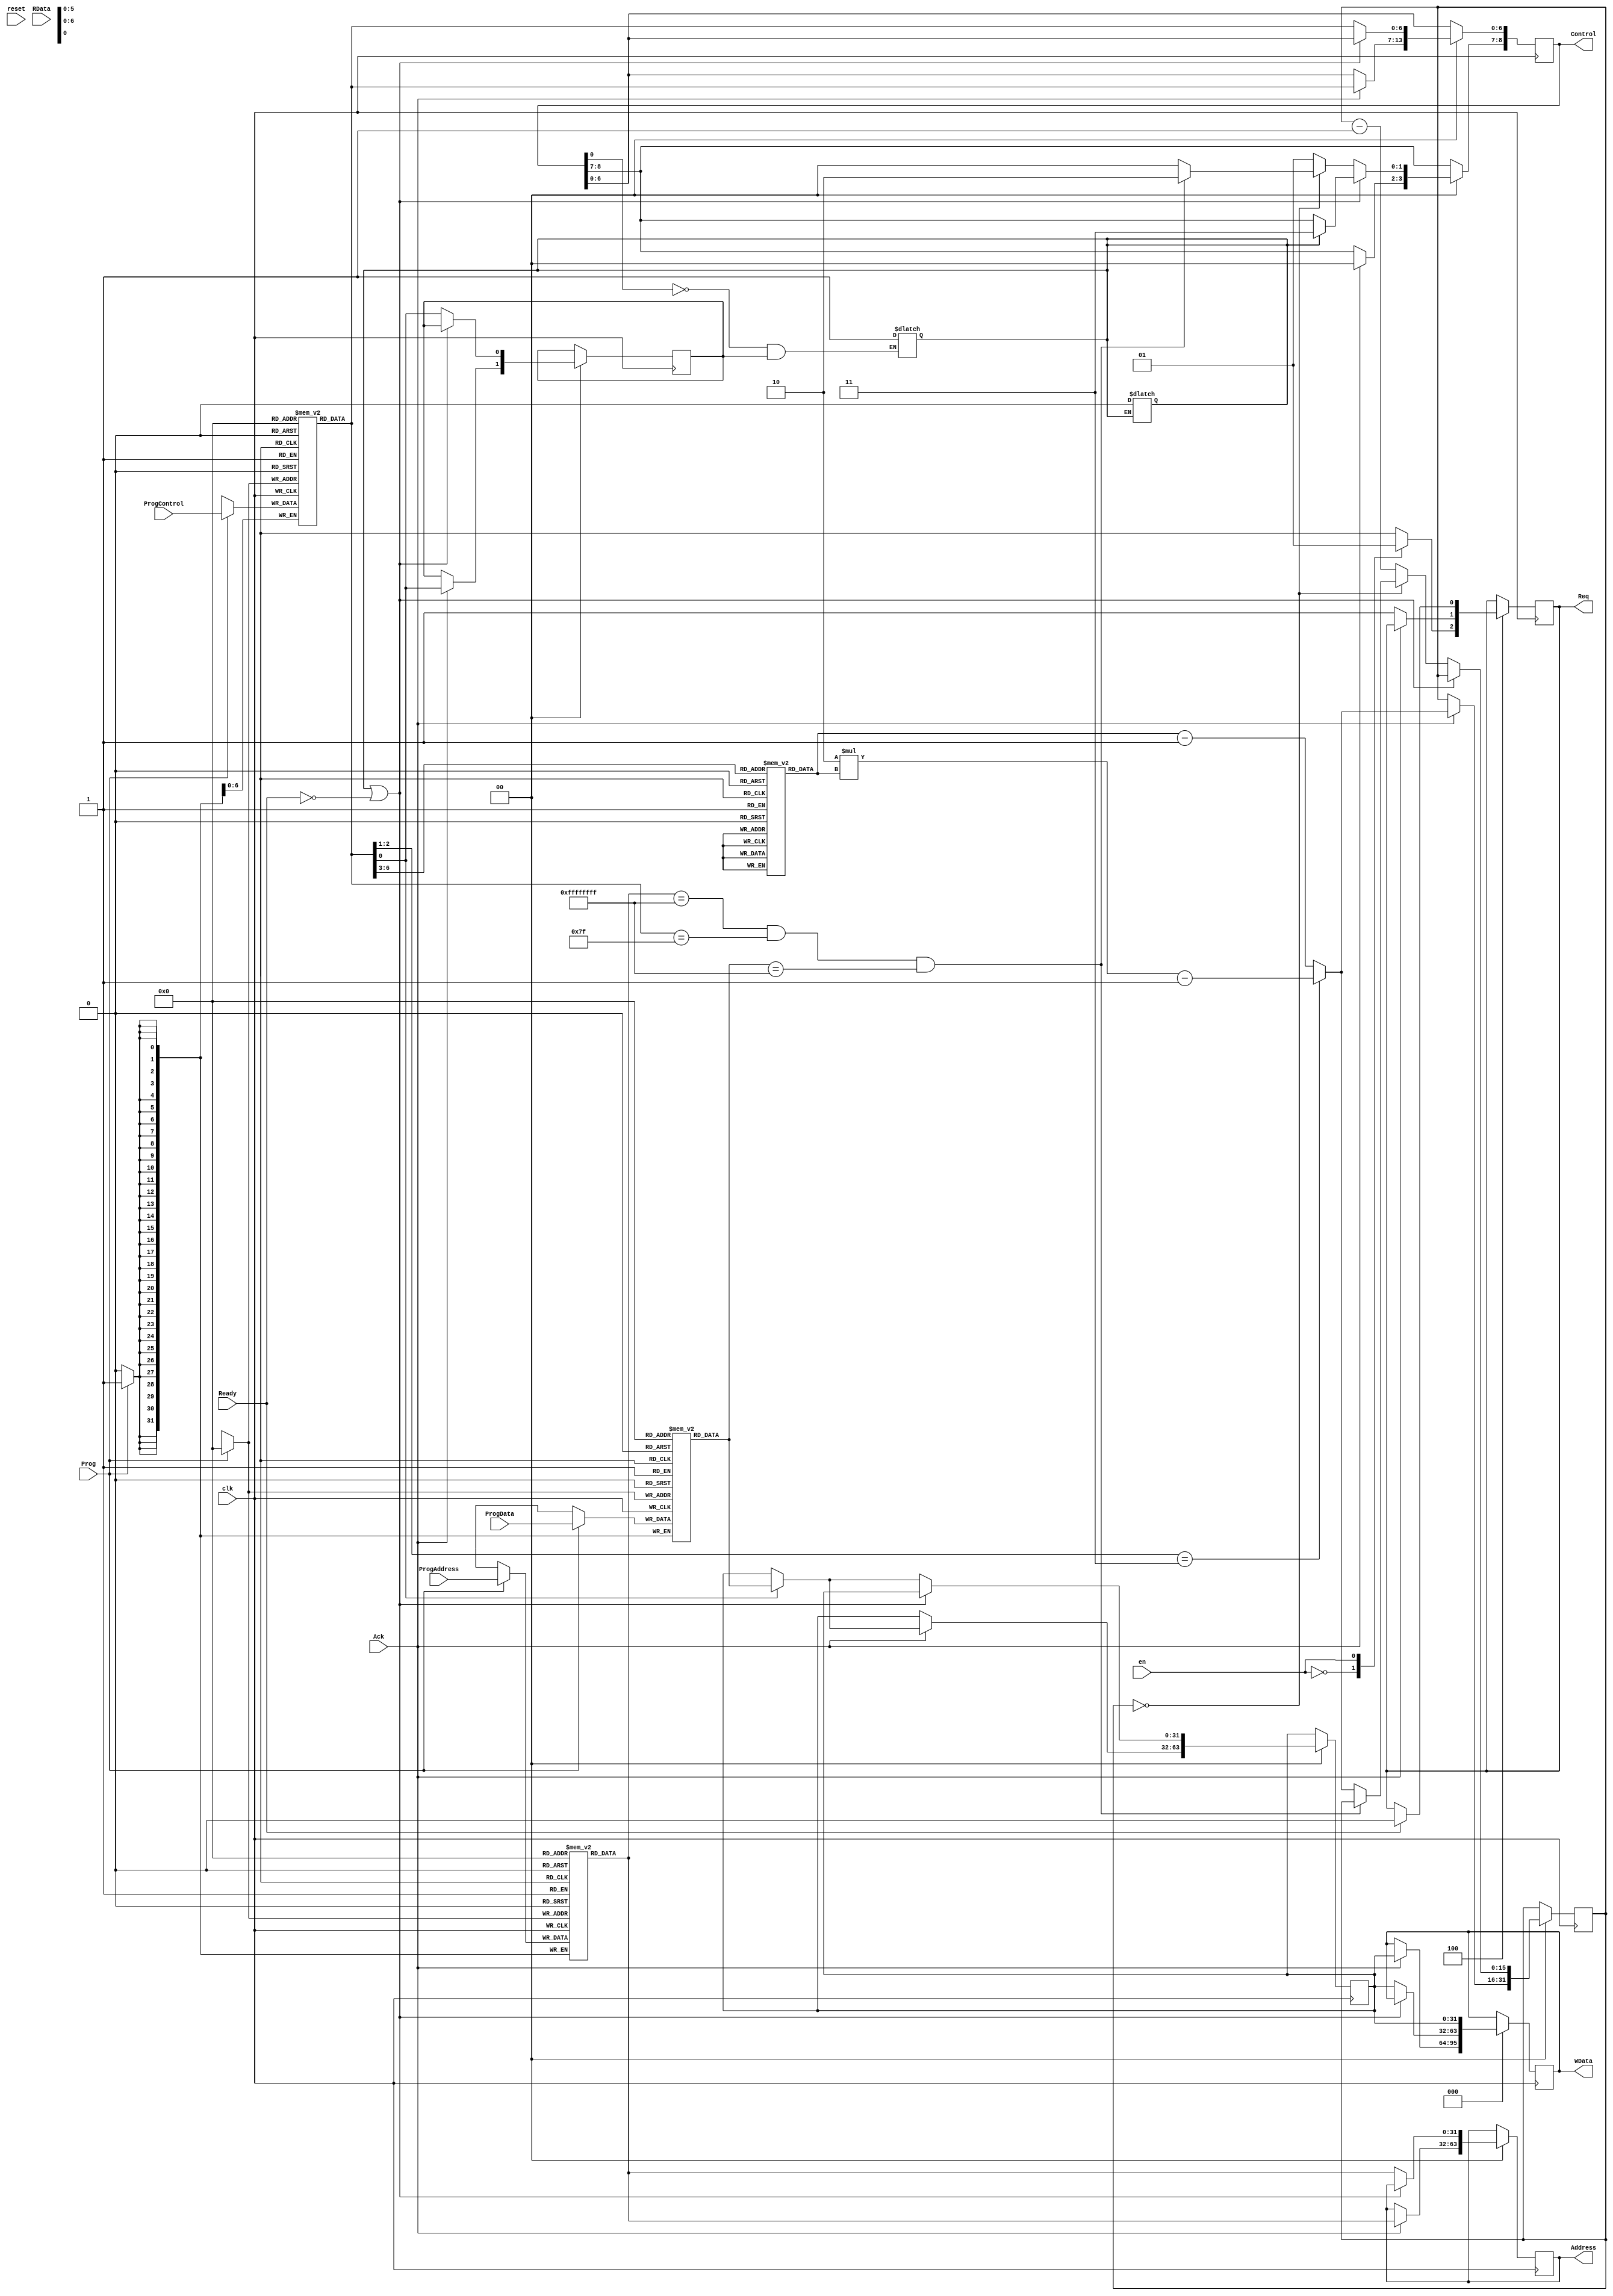
`timescale 1ns / 1ps
//////////////////////////////////////////////////////////////////////////////////
// Company: 
// Engineer: 
// 
// Design Name: 
// Module Name:    Master 
// Project Name: 
// Target Devices: 
// Tool versions: 
// Description: 
//
// Dependencies: 
//
// Revision: 
// Revision 0.01 - File Created
// Additional Comments: 
//
//////////////////////////////////////////////////////////////////////////////////
/* The Address line is 32 - bit wide :
 *	Address[32 : 0] -
 * 	Address[32 : 31] - Chip Select
 *		Address[9  :  0] - Address in Slave
 *
 *	The Control Line is 10 - bit wide :
 *	Control[9 : 0] -
 *		Control[9 : 8] - Status
 * 	Control[7 : 4] - Burst Length
 * 	Control[3 : 1] - Size
 * 	Control[0]     - Write Enable
 *
 */


`define STATE_IDLE 		        3'b000
`define STATE_REQUEST_BUS       3'b001
`define STATE_TRANSACT_SINGLE   3'b010
`define STATE_TRANSACT_MULTI    3'b011
`define STATE_BUSY_NOT_READY	  3'b100
`define STATE_TRANSACT_LAST     3'b101

`define HIGH 1'b1
`define LOW  1'b0

`define BUS_HIGH `HIGH
`define BUS_LOW  `LOW

`define MASTER_INACTIVE 1'b0
`define MASTER_ACTIVE   1'b1

`define ACK_HIGH 1'b1
`define ACK_LOW  1'b0

`define SIZE_B  2'b00
`define SIZE_HW 2'b01
`define SIZE_W  2'b10
`define SIZE_DW 2'b11

`define WE 1'b1
`define RE 1'b0

`define STATUS_START 2'b00
`define STATUS_CONT  2'b01
`define STATUS_IDLE  2'b10
`define STATUS_BUSY  2'b11

module Master(
	clk,
	en,
	reset,
	Control, /* Control Signal consisting of Status, Burst Length, Size and Write Enable */
	Address, /* Address provided to the slave */
	WData,	/* Data to be written to the slave */
	Req,		/* Request Line to the arbiter to request for the ownership of the bus */
	Ready,	/* Ready Signal from Slave */
	RData, 	/* Data from Slave */
	Ack,		/* Acknowledgement Signal from Arbiter */
	ProgAddress, /* Input Port used to Program Address in MasterAddressMemory*/
	ProgData, /* Input Port usd to Program Data in MasterDataMemory */
	ProgControl, /* Input Port used to Program 7 bit Data in MasterControlMemory */
	Prog     /* Program the Address, Control and Data Memories */
    );

	parameter DELAY = 0;
	parameter MEMORY_DEPTH = 50;
	parameter CLOCKCYCLE = 10;
	
	output reg [8  : 0] Control;
	output reg [31 : 0] Address; 
	output reg [31 : 0] WData;
	output reg Req;
	
	input clk;
	input reset;
	input en; /* Enable Signel. When en = 1, Master State Machine begins to function */
	input Ack;
	input [31 : 0] RData;
	input Ready;
	
	/* Input Ports used to program the Master's inbuild Memory */
	input [31 : 0] ProgAddress;
	input [6 : 0] ProgControl;
	input [31 : 0] ProgData;
	input Prog; // Enable Programming of Address, Control and Data Memories
	
	/* Registers to Use for Working of the Master */
	reg [31 : 0] AddressMemory [MEMORY_DEPTH - 1 : 0];
	reg [6 : 0] ControlMemory [MEMORY_DEPTH - 1 : 0];
	reg [31 : 0] DataMemory [MEMORY_DEPTH - 1 : 0];
	reg [31 : 0] ReadDataMemory [MEMORY_DEPTH - 1 : 0];
	reg [31 : 0] ReadAddressMemory [MEMORY_DEPTH - 1 : 0];
	
//	/* Wires used for Control Signals */
//	reg [1 : 0] Status;
//	reg [3 : 0] BurstLength;
	reg [1 : 0] Size;
//	reg WriteEn;
//	
//	wire [8 : 0] ControlSignalConnection;
	
	reg [15 : 0] BurstMemory[15 : 0]; /* A Lookup Table for the Burst Count */
	
	integer MemIndex;
	integer ReadDataMemIndex;
	integer ReadAddressMemIndex;
	integer i;
	
	reg [31 : 0] DataBuffer;
	reg WriteEnBuffer;
	reg [15 : 0] BurstCount;

	/* The busy condition in this pseudo-master module is generated when a write is followed by a read
    * The 'busy' register is set to '1' when this condition occures, forcing the module to go into the busy state
 	 */
	reg busy;
	
	/* The Master Module is a state machine with 5 states
	 * Write State Machine Details Here 
	*/
	
	reg [2 : 0]PState;
	
	/* Making Connections for Control Signals */
//	assign Control = ControlSignalConnection;
//	assign ControlSignalConnection[8 : 7] = Status;
//	assign ControlSignalConnection[6 : 3] = BurstLength;
//	assign ControlSignalConnection[2 : 1] = Size;
//	assign ControlSignalConnection[0] = WriteEn;
	
	initial
	begin 
		MemIndex = 0;
		PState = `STATE_IDLE;
		
		for(i = 0; i <= 15; i = i + 1)
		begin
			BurstMemory[i] = (2 ** i);
		end
	end
	
	always@(posedge reset)
	begin
		PState = `STATE_IDLE;
		MemIndex = 0;
		ReadDataMemIndex = 0;
		ReadAddressMemIndex = 0;
	end
	
	/* Simulating a Master Busy Condition when a read follows a write */
	always@(*)
	begin
		if((Control[0] == `RE) && (WriteEnBuffer == `WE))
		begin
			busy <= `HIGH;
		end
	end
	
	always@(*)
	begin
		if(busy  == `HIGH)
		begin	
			busy <= #(CLOCKCYCLE) `LOW;
		end
	end
	
	always@(posedge clk)
	begin
		if(Prog == 1'b1)
		begin
			AddressMemory[MemIndex] <= ProgAddress;
			ControlMemory[MemIndex] <= ProgControl;
			DataMemory[MemIndex] <= ProgData;
			MemIndex <= #2 (MemIndex + 1);	
		end
		
		case(PState)
			`STATE_IDLE :
			begin
				case(en)
				`MASTER_INACTIVE :
				begin
					PState <= #(DELAY) `STATE_IDLE;
					Req <= #(DELAY) `BUS_LOW;
				end
				
				`MASTER_ACTIVE : 
				begin
					PState <= #(DELAY) `STATE_REQUEST_BUS;
					Req <= #(DELAY) `BUS_HIGH;
				end
				endcase
			end
			
			`STATE_REQUEST_BUS :
			/* The Master has pending transactions to perform. In this state:
			 * - Master sends a request to the arbiter for the bus.
			 */
			begin
				case(Ack)
					`ACK_HIGH :
					begin
						PState <= #(DELAY) `STATE_TRANSACT_SINGLE;	

						if(ControlMemory[MemIndex][2 : 1] == `SIZE_DW)
						begin
							BurstCount <= #(DELAY) ((2 * BurstMemory[ControlMemory[MemIndex][6 : 3]]) - 1);
						end
						else
						begin
							/* Load the Burst Length and decrement it*/
							BurstCount <= #(DELAY) (BurstMemory[ControlMemory[MemIndex][6 : 3]] - 1);
						end
						
						Control[8 : 7] <= #(DELAY) `STATUS_START;
						//Status <= #(DELAY) `STATUS_START;
						
						Address <= #(DELAY) AddressMemory[MemIndex];
						Control[6 : 0] <= #(DELAY) ControlMemory[MemIndex];
						WData <= #(DELAY) DataBuffer;
						
						if(ControlMemory[MemIndex][0] == `WE)
						begin
							DataBuffer <= #(DELAY) DataMemory[MemIndex];
						end
						
						// Storing Read Address in Read Address Memory
						if(ControlMemory[MemIndex][0] == `RE)
						begin
							ReadAddressMemory[ReadAddressMemIndex] <= AddressMemory[MemIndex];
							ReadAddressMemIndex <= ReadAddressMemIndex + 1;
						end
						
						WriteEnBuffer <= #(DELAY + CLOCKCYCLE) ControlMemory[MemIndex][0];
					
						MemIndex = #(DELAY) MemIndex + 1; // Increment Memory Index						
					end
					
					`ACK_LOW :
					begin
						PState <= #(DELAY) `STATE_REQUEST_BUS;
						Req <= #(DELAY) `BUS_HIGH;
					end
				endcase
			end
			
			`STATE_TRANSACT_SINGLE :
			begin
				 
				if((busy == `HIGH) || (Ready == `LOW))
				begin
					PState <= #(DELAY) `STATE_BUSY_NOT_READY;
					if(busy == `HIGH)
					begin
						Control[8 : 7] <= #(DELAY) `STATUS_BUSY;
					end

					// Hold Address
					// Hold Remaining Controls
					// Hold Data
					// No Read Occures even though data might be available on RData
					
				end
				
				else //(busy == `LOW && Read == `HIGH)
				begin
					if(BurstCount == 0) // Transaction Complete. Load new set of Address, Control
					begin
					
						// Condition in this Master that marks the End of all Transactions until Enabled again.
						// Address = 0xFFFFFFFF, Control = 0x7F, Data = 0xFFFFFFFF
						if((AddressMemory[MemIndex] == 32'hFFFFFFFF) && (ControlMemory[MemIndex] == 7'b1111111) && (DataMemory[MemIndex] == 32'hFFFFFFFF))
						begin
						
							PState <= #(DELAY) `STATE_TRANSACT_LAST;
							Control[8 : 7] <= #(DELAY) `STATUS_IDLE;
							// Do not increment Memory Index as all transactions are done!
							
						end
						else
						begin
					
							PState <= #(DELAY) `STATE_TRANSACT_SINGLE;
							Control[8 : 7] <= #(DELAY) `STATUS_START;

							if(ControlMemory[MemIndex][2 : 1] == `SIZE_DW)
							begin
								BurstCount <= #(DELAY) ((2 * BurstMemory[ControlMemory[MemIndex][6 : 3]]) - 1);
							end
							else
							begin
								/* Load the Burst Length and decrement it*/
								BurstCount <= #(DELAY) (BurstMemory[ControlMemory[MemIndex][6 : 3]] - 1);
							end	
							
							MemIndex <= #(DELAY) (MemIndex + 1); // Increment Memory Index

						end
					end
					else // (BurstCount > 0) ; For Busts of 4 or 8 etc
					begin
						PState <= #(DELAY) `STATE_TRANSACT_MULTI;
						Control[8 : 7] <= #(DELAY) `STATUS_CONT;

						// Decrement BurstCount by 1 for having sent one set of address and controls
						BurstCount <= #(DELAY) (BurstCount - 1);
						MemIndex <= #(DELAY) (MemIndex + 1); // Increment Memory Index

					end
					
					Address <= #(DELAY) AddressMemory[MemIndex];
					Control[6 : 0] <= #(DELAY) ControlMemory[MemIndex];
					WData <= #(DELAY) DataBuffer;
					
					if(ControlMemory[MemIndex][0] == `WE)
					begin
						DataBuffer <= #(DELAY) DataMemory[MemIndex];
					end

					// Storing Read Address in Read Address Memory
					if(ControlMemory[MemIndex][0] == `RE)
					begin
						ReadAddressMemory[ReadAddressMemIndex] <= AddressMemory[MemIndex];
						ReadAddressMemIndex <= ReadAddressMemIndex + 1;
					end
					
					if(WriteEnBuffer == `RE)
					begin
						ReadDataMemory[ReadDataMemIndex] <= RData;
						ReadDataMemIndex <= ReadDataMemIndex + 1;
					end
					
					WriteEnBuffer <= #(DELAY + CLOCKCYCLE) ControlMemory[MemIndex][0];
				end
			end
			
			`STATE_TRANSACT_MULTI : 
			begin
				if((busy == `HIGH) || (Ready == `LOW))
				begin
					PState <= #(DELAY) `STATE_BUSY_NOT_READY;
					if(busy == `HIGH)
					begin
						Control[8 : 7] <= #(DELAY) `STATUS_BUSY;
					end

					// Hold Address
					// Hold Remaining Controls
					// Hold Data
					// No Read Occures even though data might be available on RData
					
				end
				else //(busy == `LOW && Read == `HIGH)
				begin
					if(BurstCount == 0)
					begin
						// Condition in this Master that marks the End of all Transactions until Enabled again.
						// Address = 0xFFFFFFFF, Control = 0x7F, Data = 0xFFFFFFFF
						if((AddressMemory[MemIndex] == 32'hFFFFFFFF) && (ControlMemory[MemIndex] == 7'b1111111) && (DataMemory[MemIndex] == 32'hFFFFFFFF))
						begin
						
							PState <= #(DELAY) `STATE_TRANSACT_LAST;
							Control[8 : 7] <= `STATUS_IDLE;
							// Do not increment Memory Index as all transactions are done!
							
						end
						else
						begin
						
							PState <= #(DELAY) `STATE_TRANSACT_SINGLE;
							Control[8 : 7] <= #(DELAY) `STATUS_START;

							if(ControlMemory[MemIndex][2 : 1] == `SIZE_DW)
							begin
								BurstCount <= #(DELAY) ((2 * BurstMemory[ControlMemory[MemIndex][6 : 3]]) - 1);
							end
							else
							begin
								/* Load the Burst Length and decrement it*/
								BurstCount <= #(DELAY) (BurstMemory[ControlMemory[MemIndex][6 : 3]] - 1);
							end
							
							MemIndex <= #(DELAY) MemIndex + 1; // Increment Memory Index					

						end
					end
					else // if(BurstCount > 0)
					begin
						PState <= #(DELAY) `STATE_TRANSACT_MULTI;
						Control[8 : 7] <= #(DELAY) `STATUS_CONT;
						
						// Decrement BurstCount by 1 for having sent one set of address and controls
						BurstCount <= #(DELAY) (BurstCount - 1);
						MemIndex <= #(DELAY) MemIndex + 1; // Increment Memory Index					

					end
												
					Address <= #(DELAY) AddressMemory[MemIndex];
					Control[6 : 0] <= #(DELAY) ControlMemory[MemIndex];				
					WData <= #(DELAY) DataBuffer;
					
					if(ControlMemory[MemIndex][0] == `WE)
					begin
						DataBuffer <= #(DELAY) DataMemory[MemIndex];
					end
					
					// Storing Read Address in Read Address Memory
					if(ControlMemory[MemIndex][0] == `RE)
					begin
						ReadAddressMemory[ReadAddressMemIndex] <= AddressMemory[MemIndex];
						ReadAddressMemIndex <= ReadAddressMemIndex + 1;
					end
					
					if(WriteEnBuffer == `RE)
					begin
						ReadDataMemory[ReadDataMemIndex] <= RData;
						ReadDataMemIndex <= ReadDataMemIndex + 1;
					end
					
					WriteEnBuffer <= #(DELAY + CLOCKCYCLE) ControlMemory[MemIndex][0];
					
				end
			end
			
			`STATE_BUSY_NOT_READY : 
			begin
				if((busy == `HIGH) || (Ready == `LOW))
				begin
					PState <= #(DELAY) `STATE_BUSY_NOT_READY;
					if(busy == `HIGH)
					begin
						Control[8 : 7] <= #(DELAY) `STATUS_BUSY;
					end

					// Hold Address
					// Hold Remaining Controls
					// Hold Data
					// No Read Occures even though data might be available on RData
				end
				else // if(busy == `LOW && READ == `HIGH)
				begin
					if(BurstCount == 0)
					begin
						// Condition in this Master that marks the End of all Transactions until Enabled again.
						// Address = 0xFFFFFFFF, Control = 0x7F, Data = 0xFFFFFFFF
						if((AddressMemory[MemIndex] == 32'hFFFFFFFF) && (ControlMemory[MemIndex] == 7'b1111111) && (DataMemory[MemIndex] == 32'hFFFFFFFF))
						begin
						
							PState <= #(DELAY) `STATE_TRANSACT_LAST;
							Control[8 : 7] <= `STATUS_IDLE;
							// Do not increment Memory Index as all transactions are done!
							
						end
						else
						begin
							
							PState <= #(DELAY) `STATE_TRANSACT_SINGLE;
							Control[8 : 7] <= #(DELAY) `STATUS_START;
							
							if(ControlMemory[MemIndex][2 : 1] == `SIZE_DW)
							begin
								BurstCount <= #(DELAY) ((2 * BurstMemory[ControlMemory[MemIndex][6 : 3]]) - 1);
							end
							else
							begin
								/* Load the Burst Length and decrement it*/
								BurstCount <= #(DELAY) (BurstMemory[ControlMemory[MemIndex][6 : 3]] - 1);
							end;
							
							MemIndex <= #(DELAY) (MemIndex + 1); // Increment Memory Index		
							
						end
					end
					else // if(BurstCount > 0)			
					begin
					
						PState <= #(DELAY) `STATE_TRANSACT_MULTI;
						Control[8 : 7] <= #(DELAY) `STATUS_CONT;
						
						// Decrement BurstCount by 1 for having sent one set of address and controls
						BurstCount <= #(DELAY) (BurstCount - 1);
						MemIndex <= #(DELAY) (MemIndex + 1); // Increment Memory Index		

					end
					
					Address <= #(DELAY) AddressMemory[MemIndex];
					Control[6 : 0] <= #(DELAY) ControlMemory[MemIndex];
					WData <= #(DELAY) DataBuffer;
					
					if(ControlMemory[MemIndex][0] == `WE)
					begin
						DataBuffer <= #(DELAY) DataMemory[MemIndex];
					end
					
					if(WriteEnBuffer == `RE)
					begin
						ReadDataMemory[ReadDataMemIndex] <= RData;
						ReadDataMemIndex <= ReadDataMemIndex + 1;
					end
					
					WriteEnBuffer <= #(DELAY + CLOCKCYCLE) ControlMemory[MemIndex][0];

				end
			end
			
			`STATE_TRANSACT_LAST :
			begin
				if(Ready == `LOW)
				begin
					PState <= #(DELAY) `STATE_TRANSACT_LAST;
				end
				else
				begin
					PState <= #(DELAY) `STATE_IDLE;
					Req <= #(DELAY) `LOW;
				end
							
				WData <= #(DELAY) DataBuffer;
				
				if(WriteEnBuffer == `RE)
				begin
					ReadDataMemory[ReadDataMemIndex] <= RData;
				end
			end
		endcase
		
//		/* Post Case Assignments */
//		Control[8 : 7] <= Status;
//		Control[6 : 3] <= BurstLength;
//		Control[2 : 1] <= Size;
//		Control[0] <= WriteEn;
		
	end

endmodule